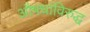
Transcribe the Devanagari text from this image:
औषधांविरुद्ध